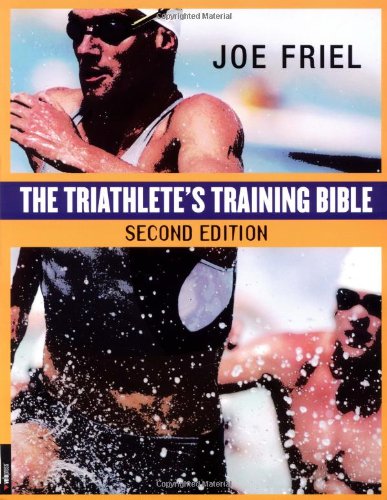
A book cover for The Triathlete's Training Bible (2nd Edition); Joe Friel; Health, Fitness & Dieting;